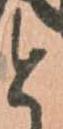
と